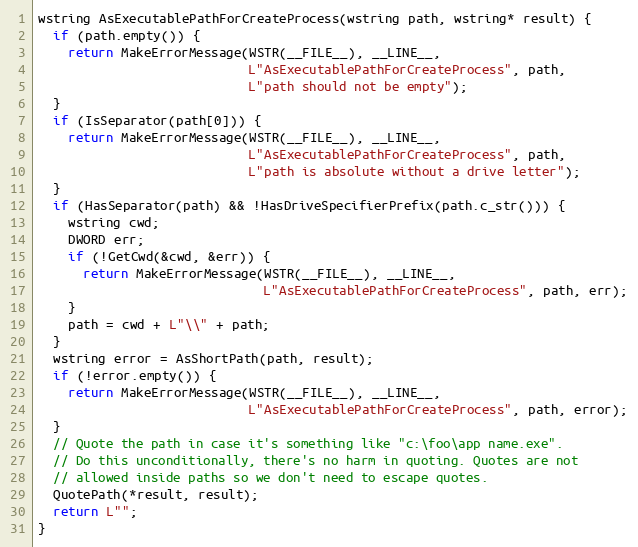
Language: C++
wstring AsExecutablePathForCreateProcess(wstring path, wstring* result) {
  if (path.empty()) {
    return MakeErrorMessage(WSTR(__FILE__), __LINE__,
                            L"AsExecutablePathForCreateProcess", path,
                            L"path should not be empty");
  }
  if (IsSeparator(path[0])) {
    return MakeErrorMessage(WSTR(__FILE__), __LINE__,
                            L"AsExecutablePathForCreateProcess", path,
                            L"path is absolute without a drive letter");
  }
  if (HasSeparator(path) && !HasDriveSpecifierPrefix(path.c_str())) {
    wstring cwd;
    DWORD err;
    if (!GetCwd(&cwd, &err)) {
      return MakeErrorMessage(WSTR(__FILE__), __LINE__,
                              L"AsExecutablePathForCreateProcess", path, err);
    }
    path = cwd + L"\\" + path;
  }
  wstring error = AsShortPath(path, result);
  if (!error.empty()) {
    return MakeErrorMessage(WSTR(__FILE__), __LINE__,
                            L"AsExecutablePathForCreateProcess", path, error);
  }
  // Quote the path in case it's something like "c:\foo\app name.exe".
  // Do this unconditionally, there's no harm in quoting. Quotes are not
  // allowed inside paths so we don't need to escape quotes.
  QuotePath(*result, result);
  return L"";
}